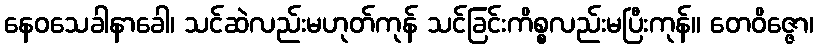
နေဝသေခါနာခေါ၊ သင်ဆဲလည်းမဟုတ်ကုန် သင်ခြင်းကိစ္စလည်းမပြီးကုန်။ တေဝိဇ္ဇော၊